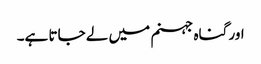
اور گناہ جہنم میں لے جاتا ہے۔